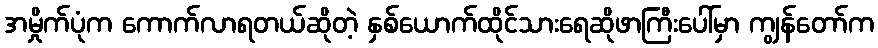
အမှိုက်ပုံက ကောက်လာရတယ်ဆိုတဲ့ နှစ်ယောက်ထိုင်သားရေဆိုဖာကြီးပေါ်မှာ ကျွန်တော်က